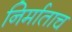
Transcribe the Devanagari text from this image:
निर्माताच